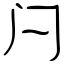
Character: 闩